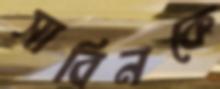
সাবিনকে